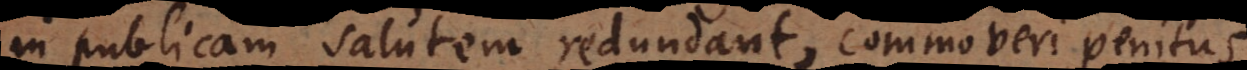
in publicam salutem redundant, commoveri penitus